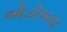
એડોબના